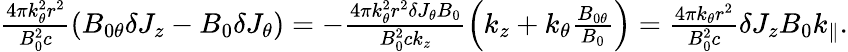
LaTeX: \begin{array}{r}{\frac{4\pi k_{\theta}^{2}r^{2}}{B_{0}^{2}c}\left(B_{0\theta}\delta J_{z}-B_{0}\delta J_{\theta}\right)=-\frac{4\pi k_{\theta}^{2}r^{2}\delta J_{\theta}B_{0}}{B_{0}^{2}ck_{z}}\left(k_{z}+k_{\theta}\frac{B_{0\theta}}{B_{0}}\right)=\frac{4\pi k_{\theta}r^{2}}{B_{0}^{2}c}\delta J_{z}B_{0}k_{\parallel}.}\end{array}